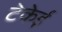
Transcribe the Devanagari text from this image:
टेकेई